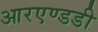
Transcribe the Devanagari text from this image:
आरएण्डडी